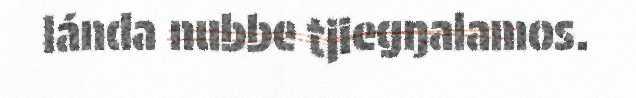
lánda nubbe tjiegŋalamos.